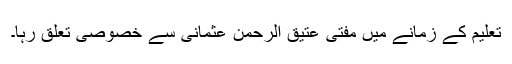
تعلیم کے زمانے میں مفتی عتیق الرحمن عثمانی سے خصوصی تعلق رہا۔